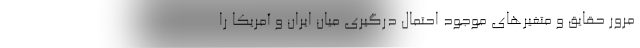
مرور حقایق و متغیرهای موجود احتمال درگیری میان ایران و آمریکا را